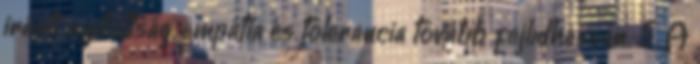
iránti nyitottság, empátia és tolerancia tovább fejlıdhessen. 5. A